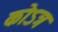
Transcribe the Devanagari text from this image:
कोऽत्र